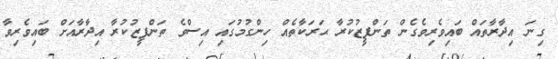
ގިނަ އިދާރާތައް ބައިވެރިވެގެން ތަންފީޒުކުރާ ޙަރަކާތެއް ހިންގުމުގައި އިސްވެ ތަންފީޒުކުރާ އިދާރާއަށް ބައިވެރިވާ